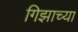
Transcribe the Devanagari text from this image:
गिझाच्या